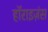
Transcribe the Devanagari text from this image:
हॉराइज़ंस